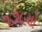
૧૭૮મો